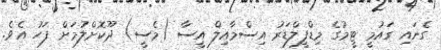
ގެނައި ގައުމީ ޓީމުގެ މިޑްފީލްޑަރު އިސްމާއިލް އީސާ (މެސީ) ދޫކޮށްލުމަށް ފަހު އެވެ.